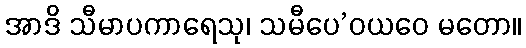
အာဒိ သီမာပကာရေသု၊ သမီပေ’ဝယဝေ မတော။